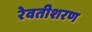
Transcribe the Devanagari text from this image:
रेवतीशरण